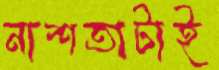
নাশতাটাই